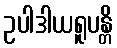
ဥပါဒါယရူပန္တိ